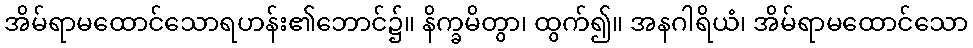
အိမ်ရာမထောင်သောရဟန်း၏ဘောင်၌။ နိက္ခမိတွာ၊ ထွက်၍။ အနဂါရိယံ၊ အိမ်ရာမထောင်သော